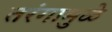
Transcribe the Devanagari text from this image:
तरंगामुळे